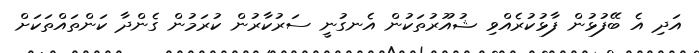
އަދި އެ ބޭފުޅުން ފާޅުކުރެއްވި ޝުއޫރުތަކުން އެނގުނީ ސަރުކާރުން ކުރަމުން ގެންދާ ކަންތައްތަކަށް